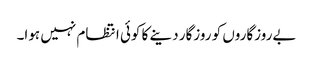
بےروزگاروں کو روزگار دینے کا کوئی انتظام نہیں ہوا۔